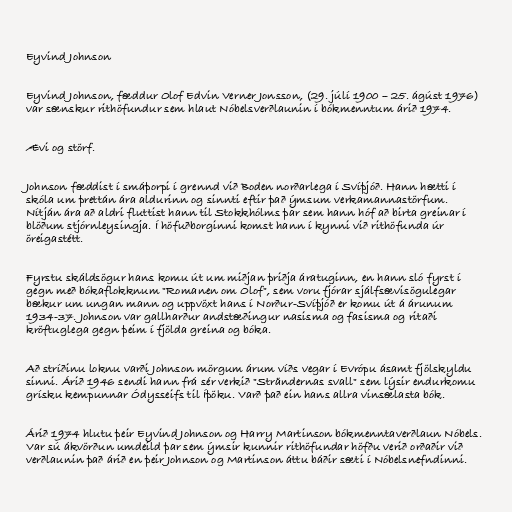
Eyvind Johnson

Eyvind Johnson, fæddur Olof Edvin Verner Jonsson, (29. júlí 1900 – 25. ágúst 1976)
var sænskur rithöfundur sem hlaut Nóbelsverðlaunin í bókmenntum árið 1974.

Ævi og störf.

Johnson fæddist í smáþorpi í grennd við Boden norðarlega í Svíþjóð. Hann hætti í
skóla um þrettán ára aldurinn og sinnti eftir það ýmsum verkamannastörfum.
Nítján ára að aldri fluttist hann til Stokkhólms þar sem hann hóf að birta greinar í
blöðum stjórnleysingja. Í höfuðborginni komst hann í kynni við rithöfunda úr
öreigastétt.

Fyrstu skáldsögur hans komu út um miðjan þriðja áratuginn, en hann sló fyrst í
gegn með bókaflokknum "Romanen om Olof", sem voru fjórar sjálfsævisögulegar
bækur um ungan mann og uppvöxt hans í Norður-Svíþjóð er komu út á árunum
1934-37. Johnson var gallharður andstæðingur nasisma og fasisma og ritaði
kröftuglega gegn þeim í fjölda greina og bóka.

Að stríðinu loknu varði Johnson mörgum árum víðs vegar í Evrópu ásamt fjölskyldu
sinni. Árið 1946 sendi hann frá sér verkið "Strändernas svall" sem lýsir endurkomu
grísku kempunnar Ódysseifs til Íþöku. Varð það ein hans allra vinsælasta bók.

Árið 1974 hlutu þeir Eyvind Johnson og Harry Martinson bókmenntaverðlaun Nóbels.
Var sú ákvörðun umdeild þar sem ýmsir kunnir rithöfundar höfðu verið orðaðir við
verðlaunin það árið en þeir Johnson og Martinson áttu báðir sæti í Nóbelsnefndinni.